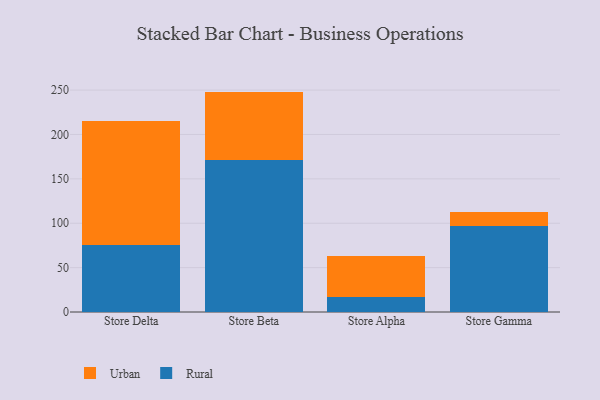
{"axis": {"x": "Store", "y": "Backlog"}, "legend": ["Rural", "Urban"], "data": [{"x": "Store Delta", "y": 75.5, "type": "Rural"}, {"x": "Store Delta", "y": 139.9, "type": "Urban"}, {"x": "Store Beta", "y": 171.7, "type": "Rural"}, {"x": "Store Beta", "y": 76.6, "type": "Urban"}, {"x": "Store Alpha", "y": 17.3, "type": "Rural"}, {"x": "Store Alpha", "y": 46.1, "type": "Urban"}, {"x": "Store Gamma", "y": 97.0, "type": "Rural"}, {"x": "Store Gamma", "y": 16.0, "type": "Urban"}]}